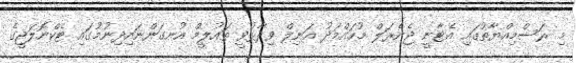
މި ރަސްމިއްޔާތުގައި އެޓާނީ ޖެނެރަލް މުހައްމަދު އަނިލް ވިދާޅުވީ ތައުލީމް އުނގަންނައިދިނުމުގައި ޓެކްނޮލަޖީގެ